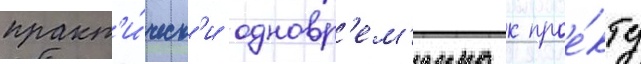
практ'и́ческ'и одновр'ем'енно к прое́кту